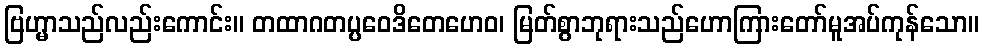
ဗြဟ္မာသည်လည်းကောင်း။ တထာဂတပ္ပဝေဒိတေဟေဝ၊ မြတ်စွာဘုရားသည်ဟောကြားတော်မူအပ်ကုန်သော။